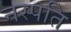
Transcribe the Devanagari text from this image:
नस्पति